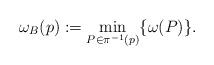
LaTeX: \begin{align*}\omega_{B}(p):=\min_{P\in\pi^{-1}(p)}\{\omega(P)\}.\end{align*}